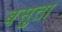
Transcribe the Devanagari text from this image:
बसुता